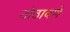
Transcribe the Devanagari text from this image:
ठोठावणे